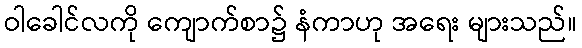
ဝါခေါင်လကို ကျောက်စာ၌ နံကာဟု အရေး များသည်။